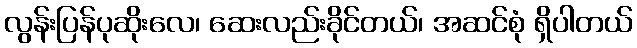
လွန်းပြန်ပုဆိုးလေ၊ ဆေးလည်းခိုင်တယ်၊ အဆင်စုံ ရှိပါတယ်